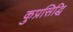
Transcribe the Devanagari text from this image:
कुप्रसिद्धि